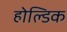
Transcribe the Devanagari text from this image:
होल्डिक